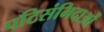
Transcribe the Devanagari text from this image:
पटिसंभिदाओं